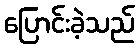
ပြောင်းခဲ့သည်